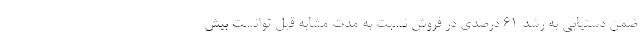
ضمن دستیابی به رشد 61 درصدی در فروش نسبت به مدت مشابه قبل توانست بیش